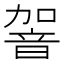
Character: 䪪